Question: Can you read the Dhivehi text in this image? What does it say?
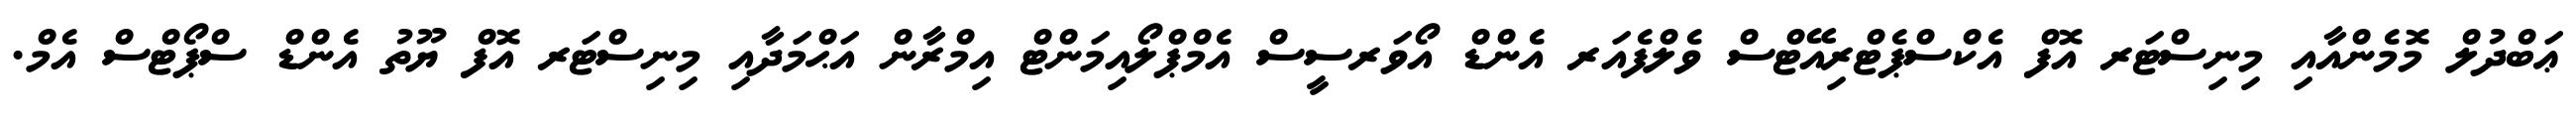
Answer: ޢަބްދުލް މޮމެންއާއި މިނިސްޓަރ އޮފް އެކްސްޕެޓްރިއޭޓްސް ވެލްފެއަރ އެންޑް އޯވަރސީސް އެމްޕްލޯއިމަންޓް އިމްރާން އަޙްމަދާއި މިނިސްޓަރ އޮފް ޔޫތު އެންޑް ސްޕޯޓްސް އެމް.